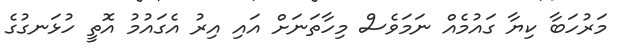
މަރުހަބާ ކިޔާ ގައުމެއް ނަމަވެސް މިހާތަނަށް އައި އިރު އެގައުމު އޮތީ ހުޅަނގުގެ